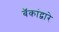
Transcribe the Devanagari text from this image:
बॅकांद्वारे